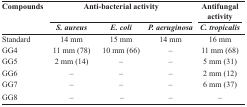
<table><thead><tr><td><b>Compounds</b></td><td colspan="3"><b>Anti-bacterial activity</b></td><td><b>Antifungal activity</b></td></tr><tr><td></td><td><b><i>S. aureus</i></b></td><td><b><i>E. coli</i></b></td><td><b><i>P aeruginosa</i></b></td><td><b><i>C. tropicalis</i></b></td></tr></thead><tbody><tr><td>Standard</td><td>14 mm</td><td>15 mm</td><td>14 mm</td><td>16 mm</td></tr><tr><td>GG4</td><td>11 mm (78)</td><td>10 mm (66)</td><td>–</td><td>11 mm (68)</td></tr><tr><td>GG5</td><td>2 mm (14)</td><td>–</td><td>–</td><td>5 mm (31)</td></tr><tr><td>GG6</td><td>–</td><td>–</td><td>–</td><td>2 mm (12)</td></tr><tr><td>GG7</td><td>–</td><td>–</td><td>–</td><td>6 mm (37)</td></tr><tr><td>GG8</td><td>–</td><td>–</td><td>–</td><td>–</td></tr></tbody></table>